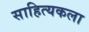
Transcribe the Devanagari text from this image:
साहित्यकला